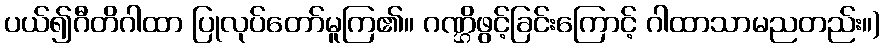
ပယ်၍ဂီတိဂါထာ ပြုလုပ်တော်မူကြ၏။ ဂဏ္ဌိဖွင့်ခြင်းကြောင့် ဂါထာသာမညတည်း။)